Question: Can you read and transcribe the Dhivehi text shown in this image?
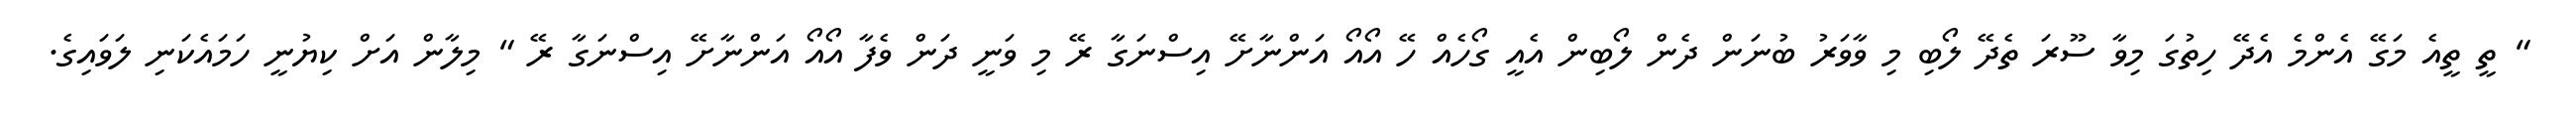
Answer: " ތީ ތީއެ މަގޭ އެންމެ އެދޭ ހިތުގަ މިވާ ސޫރަ ތެދޭ ލޯބި މި ވާވަރު ބުނަން ދެން ލޯބިން އެއީ ގޯހެއް ހޭ އޯއޯ އަންނާށޭ އިސްނަގާ ރޭ މި ވަނީ ދަން ވެފާ އޯއޯ އަންނާށޭ އިސްނަގާ ރޭ " މިލާން އަށް ކިޔުނީ ހަމައެކަނި ލަވައިގެ.